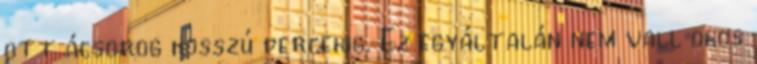
ott ácsorog hosszú percekig. Ez egyáltalán nem vall okos